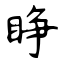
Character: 睁